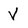
Character: V